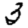
Digit: 3